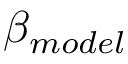
\beta _ { m o d e l }